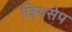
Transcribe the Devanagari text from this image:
जियसेप